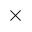
\times